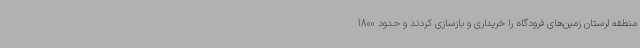
منطقه لرستان زمین‌های فرودگاه را خریداری و بازسازی کردند و حدود 1800